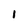
Character: 1